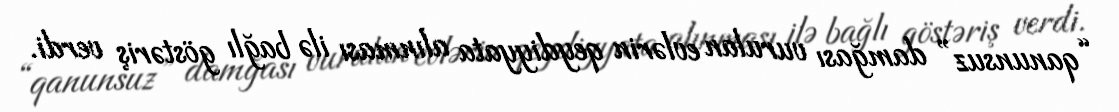
“qanunsuz” damğası vurulan evlərin qeydiyyata alınması ilə bağlı göstəriş verdi.